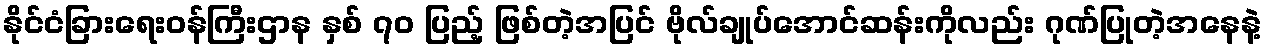
နိုင်ငံခြားရေးဝန်ကြီးဌာန နှစ် ၇၀ ပြည့် ဖြစ်တဲ့အပြင် ဗိုလ်ချုပ်အောင်ဆန်းကိုလည်း ဂုဏ်ပြုတဲ့အနေနဲ့